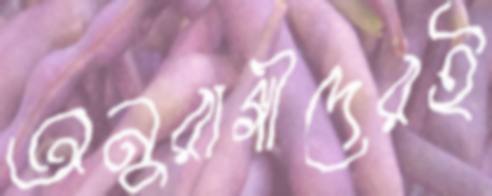
অনুরাগীদেরই